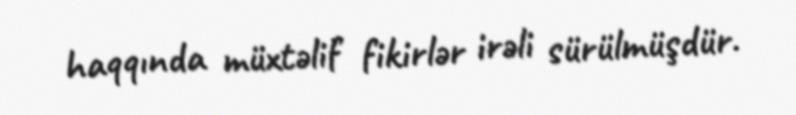
haqqında müxtəlif fikirlər irəli sürülmüşdür.